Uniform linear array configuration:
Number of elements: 16
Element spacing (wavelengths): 0.5
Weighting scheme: blackman
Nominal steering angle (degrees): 15
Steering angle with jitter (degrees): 15.126
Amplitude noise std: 0.05
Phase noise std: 0.05

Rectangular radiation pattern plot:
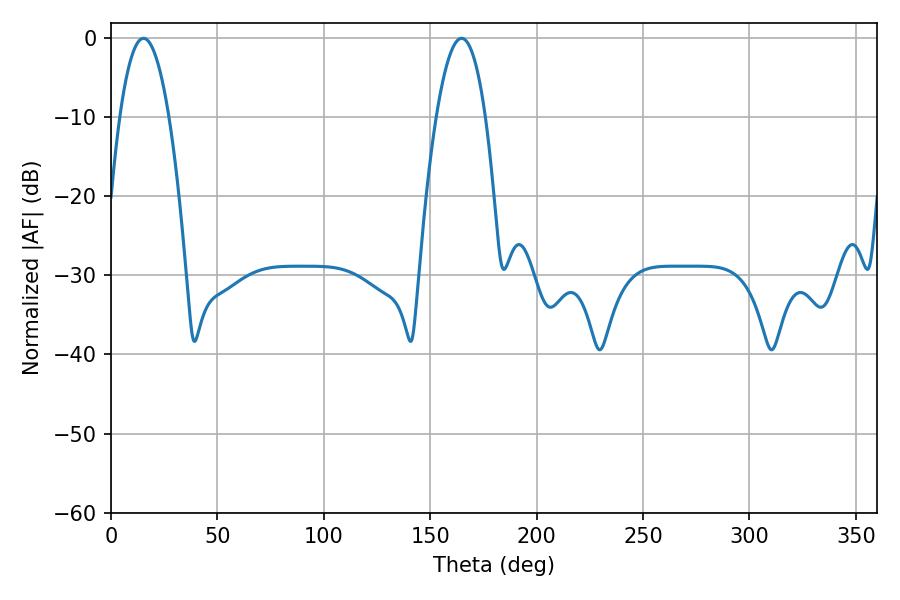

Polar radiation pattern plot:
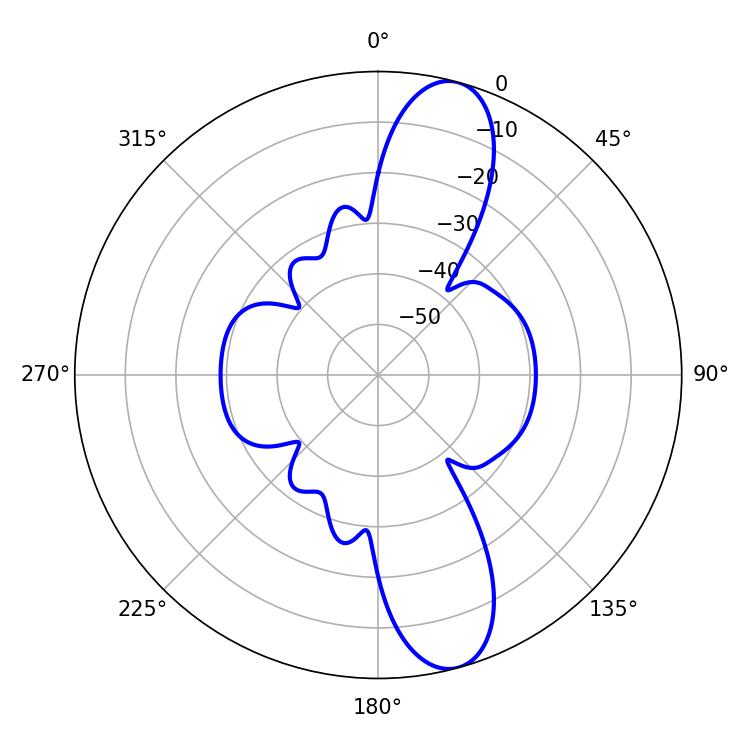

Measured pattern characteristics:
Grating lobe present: FALSE
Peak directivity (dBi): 11.986
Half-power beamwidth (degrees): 12.78
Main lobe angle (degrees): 15.3